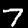
Digit: 7